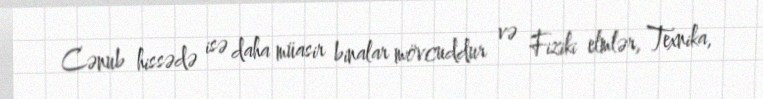
Cənub hissədə isə daha müasir binalar mövcuddur və Fiziki elmlər, Texnika,